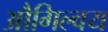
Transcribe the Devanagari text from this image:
औगिल्वय